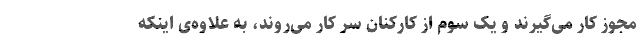
مجوز کار می‌گیرند و یک سوم از کارکنان سر کار می‌روند، به علاوه‌ی اینکه